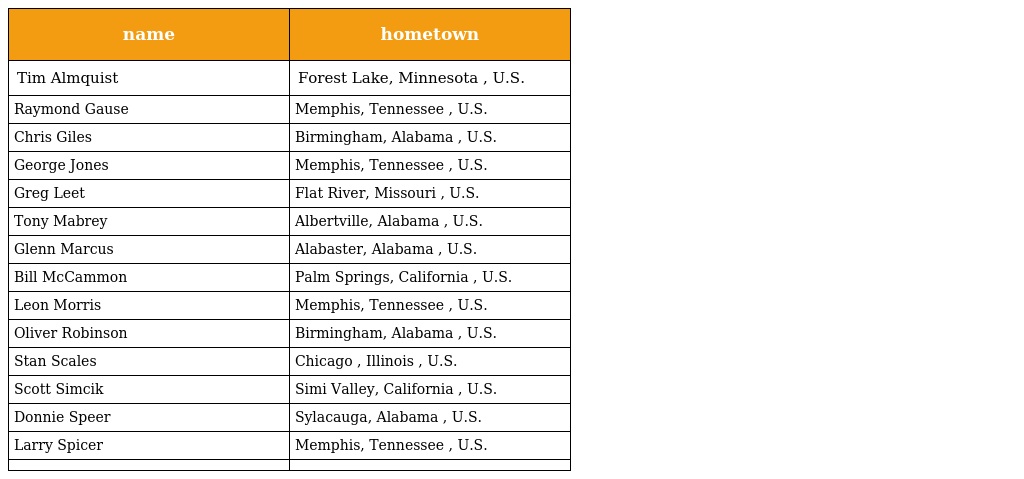
| name | hometown |
 | --- | --- |
 | Tim Almquist | Forest Lake, Minnesota , U.S. |
 | Raymond Gause | Memphis, Tennessee , U.S. |
 | Chris Giles | Birmingham, Alabama , U.S. |
 | George Jones | Memphis, Tennessee , U.S. |
 | Greg Leet | Flat River, Missouri , U.S. |
 | Tony Mabrey | Albertville, Alabama , U.S. |
 | Glenn Marcus | Alabaster, Alabama , U.S. |
 | Bill McCammon | Palm Springs, California , U.S. |
 | Leon Morris | Memphis, Tennessee , U.S. |
 | Oliver Robinson | Birmingham, Alabama , U.S. |
 | Stan Scales | Chicago , Illinois , U.S. |
 | Scott Simcik | Simi Valley, California , U.S. |
 | Donnie Speer | Sylacauga, Alabama , U.S. |
 | Larry Spicer | Memphis, Tennessee , U.S. |
 |  |  |